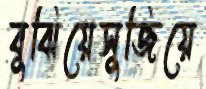
বুঝিয়েসুজিয়ে